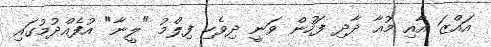
އައްޒަ އާއި މުއާ ދާދި ފަހުން ވަނީ ދިވެހި ފިލްމު "ލީނާ" އުފެއްދުމުުގައި